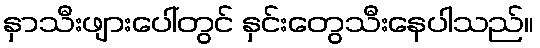
နှာသီးဖျားပေါ်တွင် နှင်းတွေသီးနေပါသည်။